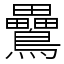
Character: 䴎